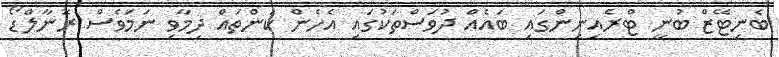
ބެނިޓޭޒް ބުނީ ޓްރެއިނިންގައި ބައެއް ދުވަސްތަކުގައި އެހެން ކަންތައް ދިމާވި ނަމަވެސް ރޮނާލްޑޯ